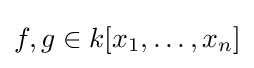
f,g\in k[x_{1},\ldots ,x_{n}]